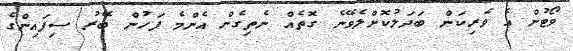
ވޯޓުން އެ ވެރިކަން ބަދަލުކޮށްލެވޭނެ ގޮތެއް ނެތިގެން އެންމެ ފަހުން ބޭރު ސިފައިންގެ